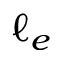
\ell _ { e }